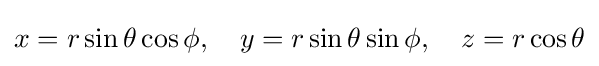
x=r\sin \theta \cos \phi ,\quad y=r\sin \theta \sin \phi ,\quad z=r\cos \theta